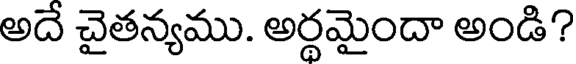
అదే చైతన్యము. అర్థమైందా అండి?